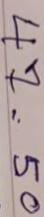
47 = 50